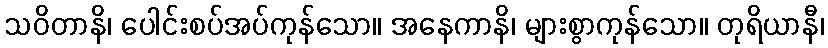
သဝိတာနိ၊ ပေါင်းစပ်အပ်ကုန်သော။ အနေကာနိ၊ များစွာကုန်သော။ တုရိယာနီ၊